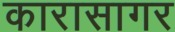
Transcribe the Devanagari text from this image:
कारासागर